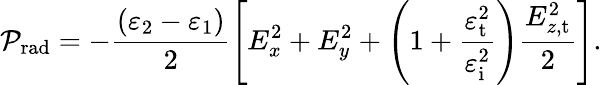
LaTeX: \mathcal{P}_{\mathrm{rad}}=-\frac{\left(\varepsilon_{2}-\varepsilon_{1}\right)}{2}\left[E_{x}^{2}+E_{y}^{2}+\left(1+\frac{\varepsilon_{\mathrm{t}}^{2}}{\varepsilon_{\mathrm{i}}^{2}}\right)\frac{E_{z,\mathrm{t}}^{2}}{2}\right].